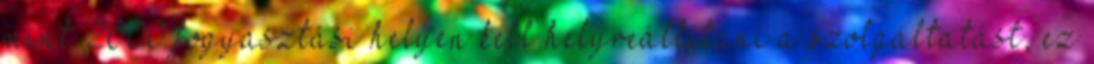
mint 2000 fogyasztási helyen kell helyreállítani a szolgáltatást, ez